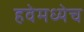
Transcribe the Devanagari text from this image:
हवेमध्येच